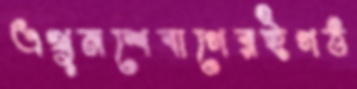
এখুনশেবাগেরইগঠ